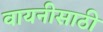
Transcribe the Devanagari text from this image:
वायनीसाठी